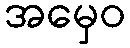
အမှေဝ